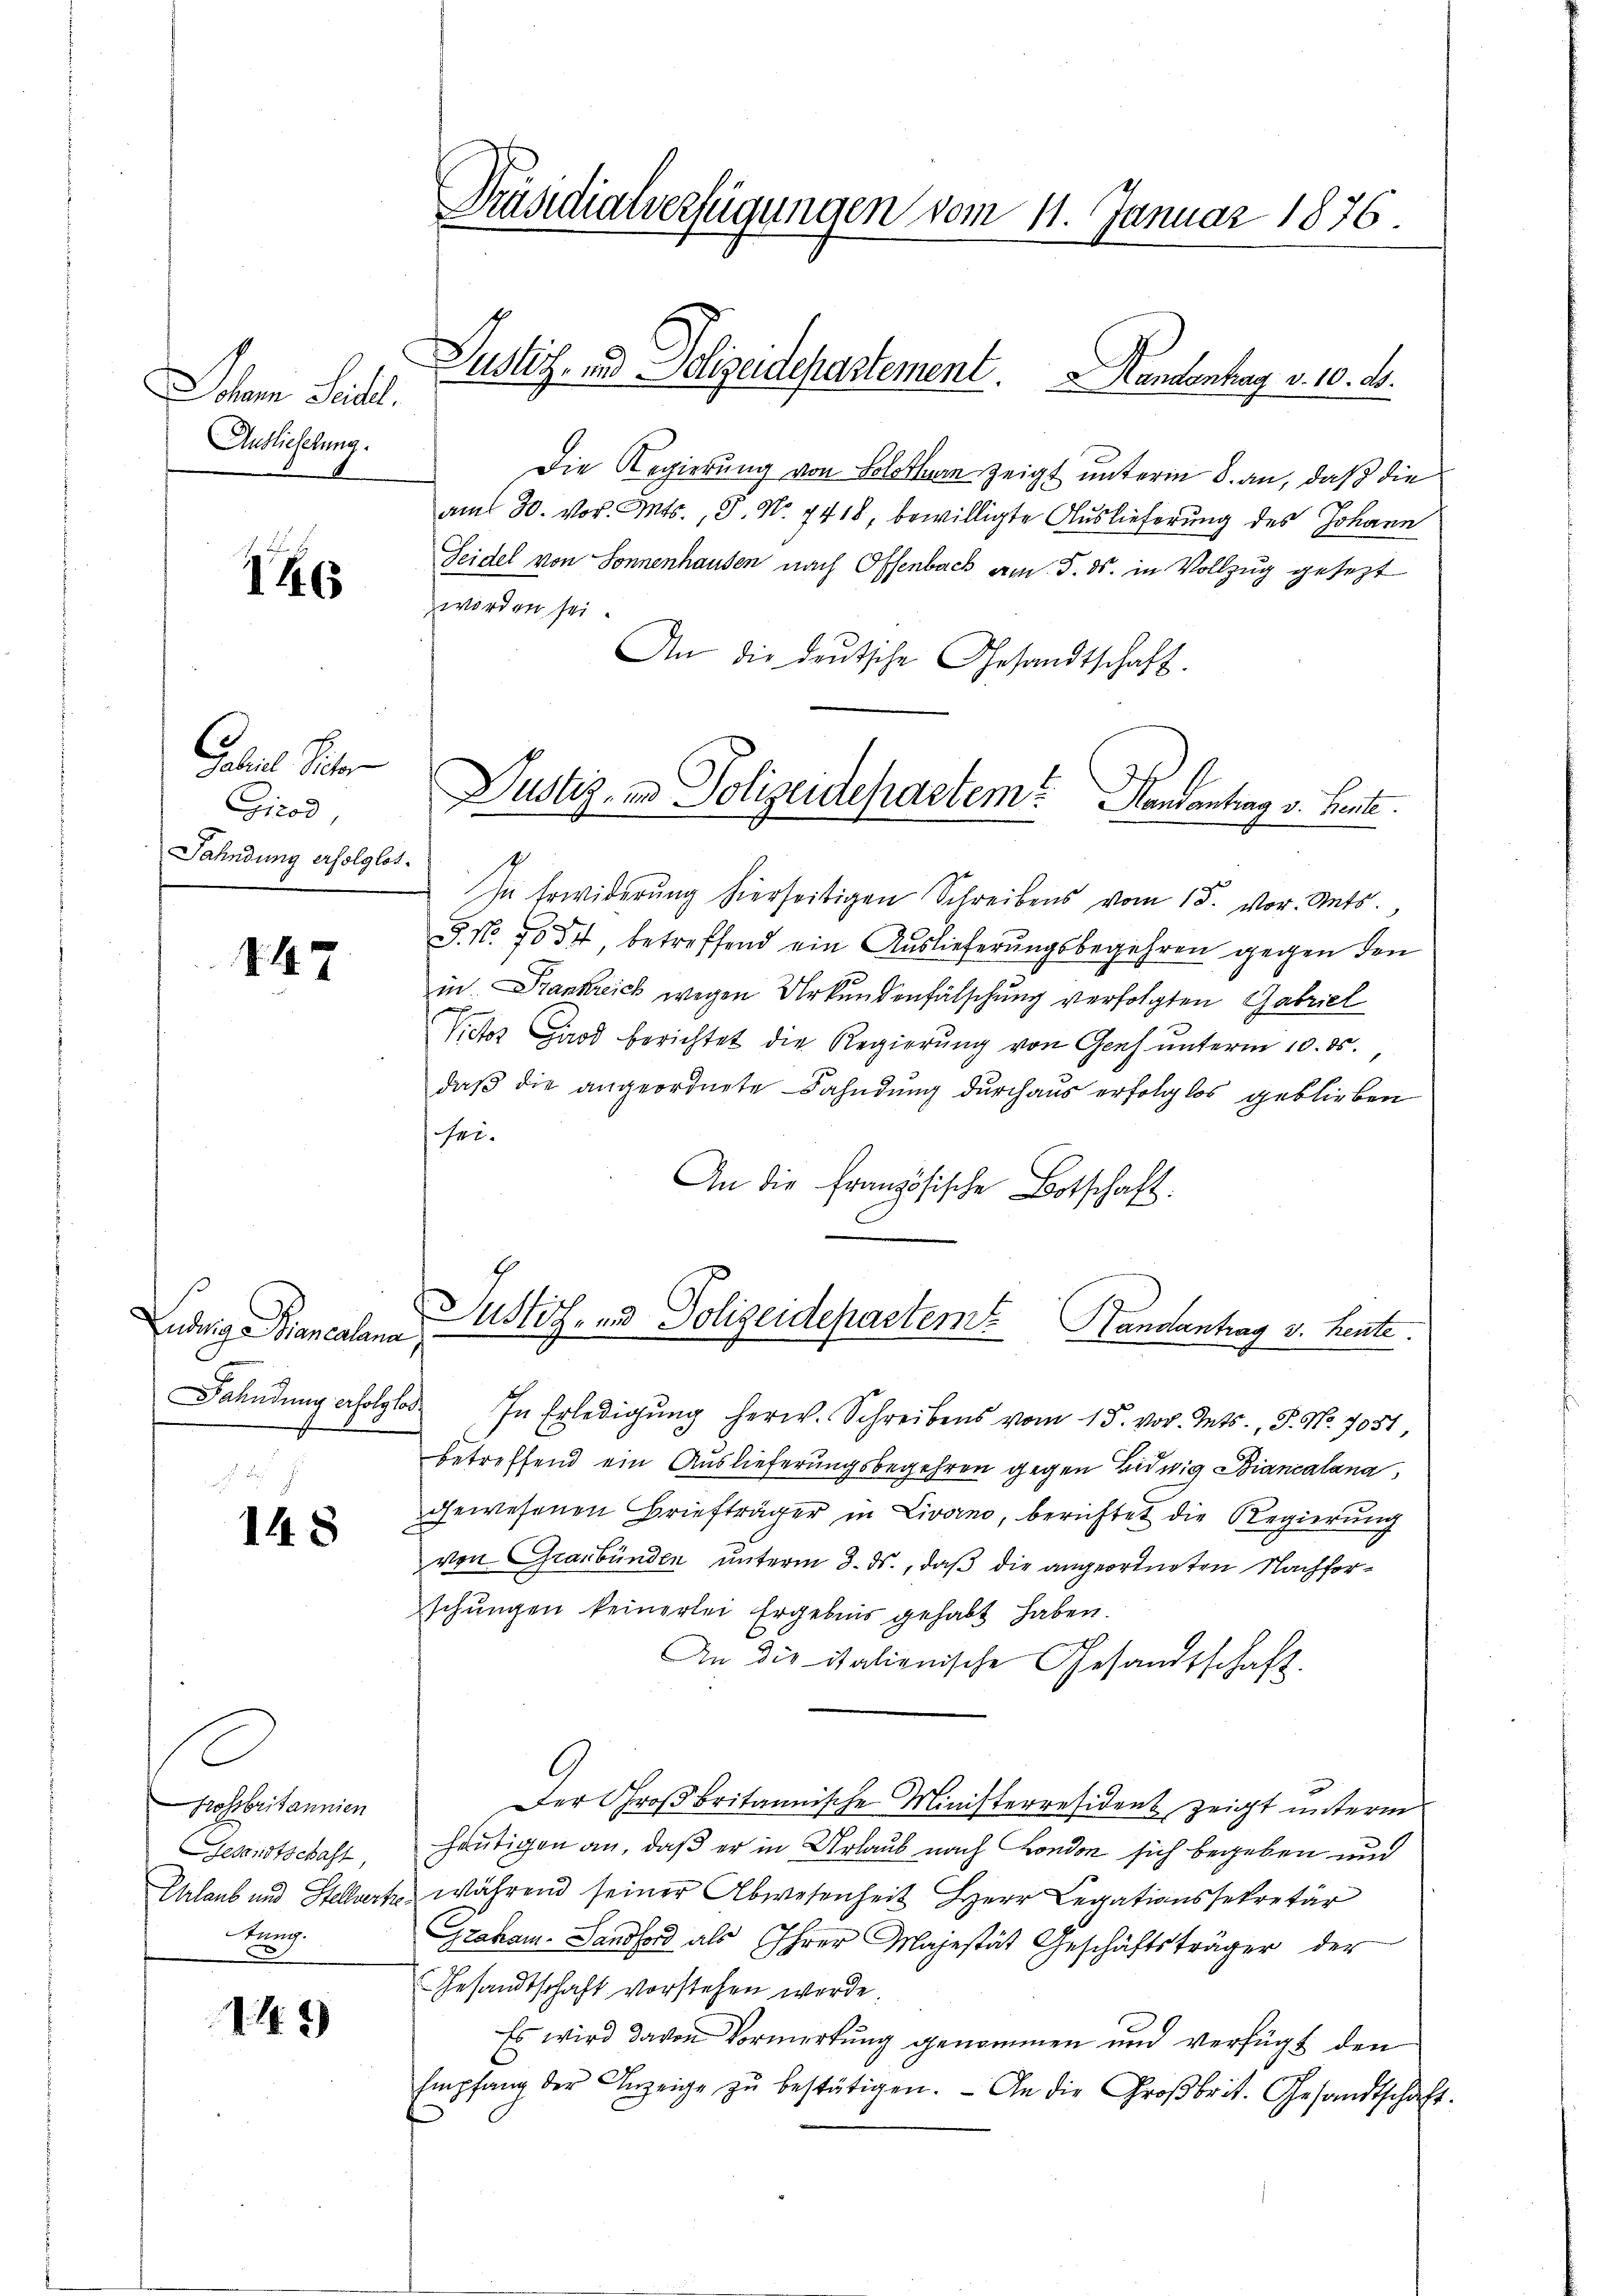
em Fall.
Auslieferung.

146

C.
Gabriel Victor
Girod,
Fahndung erfolglos.

147

148

s
Grossbritannien
Gesandtschaft,
Urlaub und Stellvertre
tung.
e

143

Präsidialverfügungen vom 11. Januar 1876.

Pustiz- und Polizeidepartement. Kandenhag v. 10. d.

Die Regierung von Solothurn zeigt unterm 8. an, daß die
am 30. vor. Mts., S. Nr. 7418, bewilligte Auslieferung des Johann
Seidel von Sonnenhausen nach Offenbach am 5. ds. in Vollzug gesezt
worden sei.
An die deutsche Gesandtschaft.
In Erwiderung hierseitigen Schreibens vom 15. vor. Mts.,
§. No 1054, betreffend ein Auslieferungsbegehren gegen den
in Frankreich wegen Urkundenfälschung verfolgten Gabriel
Victor Girod berichtet die Regierung von Genf unterm 10. ds.,
daß die angeordnete Fahndung durchaus erfolglos geblieben
sei.
An die französische Botschaft.
udwig Biancalen Zustich, und Polizeideparteme Handantrag v. heute.
Fahndung erfolglos. In Erledigung herw. Schreibens vom 15. vor. Mts., S. Nr. 7051,
betreffend ein Auslieferungsbegehren gegen Lidwig Biancalana,
gewesenen Briefträger in Livorno, berichtet die Regierung
von Graubünden unterm 3. ds., daß die angeordneten Nachforschungen keinerlei Ergebnis gehabt haben.
An die italienische Gesandtschaft.
Der Großbritannische Ministerresident zeigt unterm
heutigen an, daß er in Urlaub nach London sich begeben und
während seiner Abwesenheit Herr Legationssekretär
Graham-Landford als Ihrer Majestät Geschäftsträger der
Gesandtschaft vorstehen werde.
Es wird davon Vormerkung genommen und verfügt den
Empfang der Anzeige zŭ bestätigen. - An die Großbrit. Gesandtschaft.

Justiz, in Polizeidepartem? Handantrag v. Heute.

1